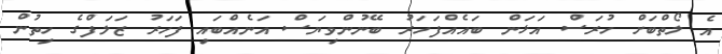
އެ ލޯތްބަށް ހުރަސް އަޅަން ބައެއްފަހަރު ބޭނުންވިޔަސް އަނެއްބައި ފަހަރު ޒަލަފްގެ ހިތުން